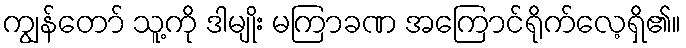
ကျွန်တော် သူ့ကို ဒါမျိုး မကြာခဏ အကြောင်ရိုက်လေ့ရှိ၏။